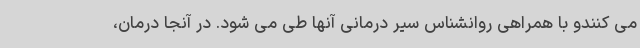
می کنندو با همراهی روانشناس سیر درمانی آنها طی می شود. در آنجا درمان،